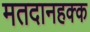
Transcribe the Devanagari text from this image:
मतदानहक्क